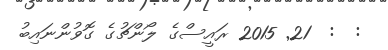
:  :  21